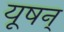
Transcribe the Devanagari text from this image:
यूषन्